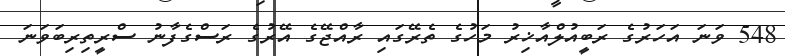
548 ވަނަ އަހަރުގެ ރަބީއުލްއާޚިރު މަހުގެ ތެރޭގައި ރާއްޖޭގެ އޭރުގެ ރަސްގެފާނު ސްރީތިރިބަވަނަ